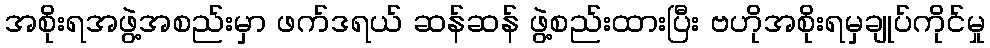
အစိုးရအဖွဲ့အစည်းမှာ ဖက်ဒရယ် ဆန်ဆန် ဖွဲ့စည်းထားပြီး ဗဟိုအစိုးရမှချုပ်ကိုင်မှု